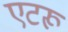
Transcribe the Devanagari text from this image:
एटरू